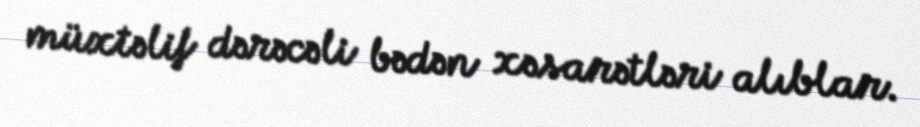
müxtəlif dərəcəli bədən xəsarətləri alıblar.